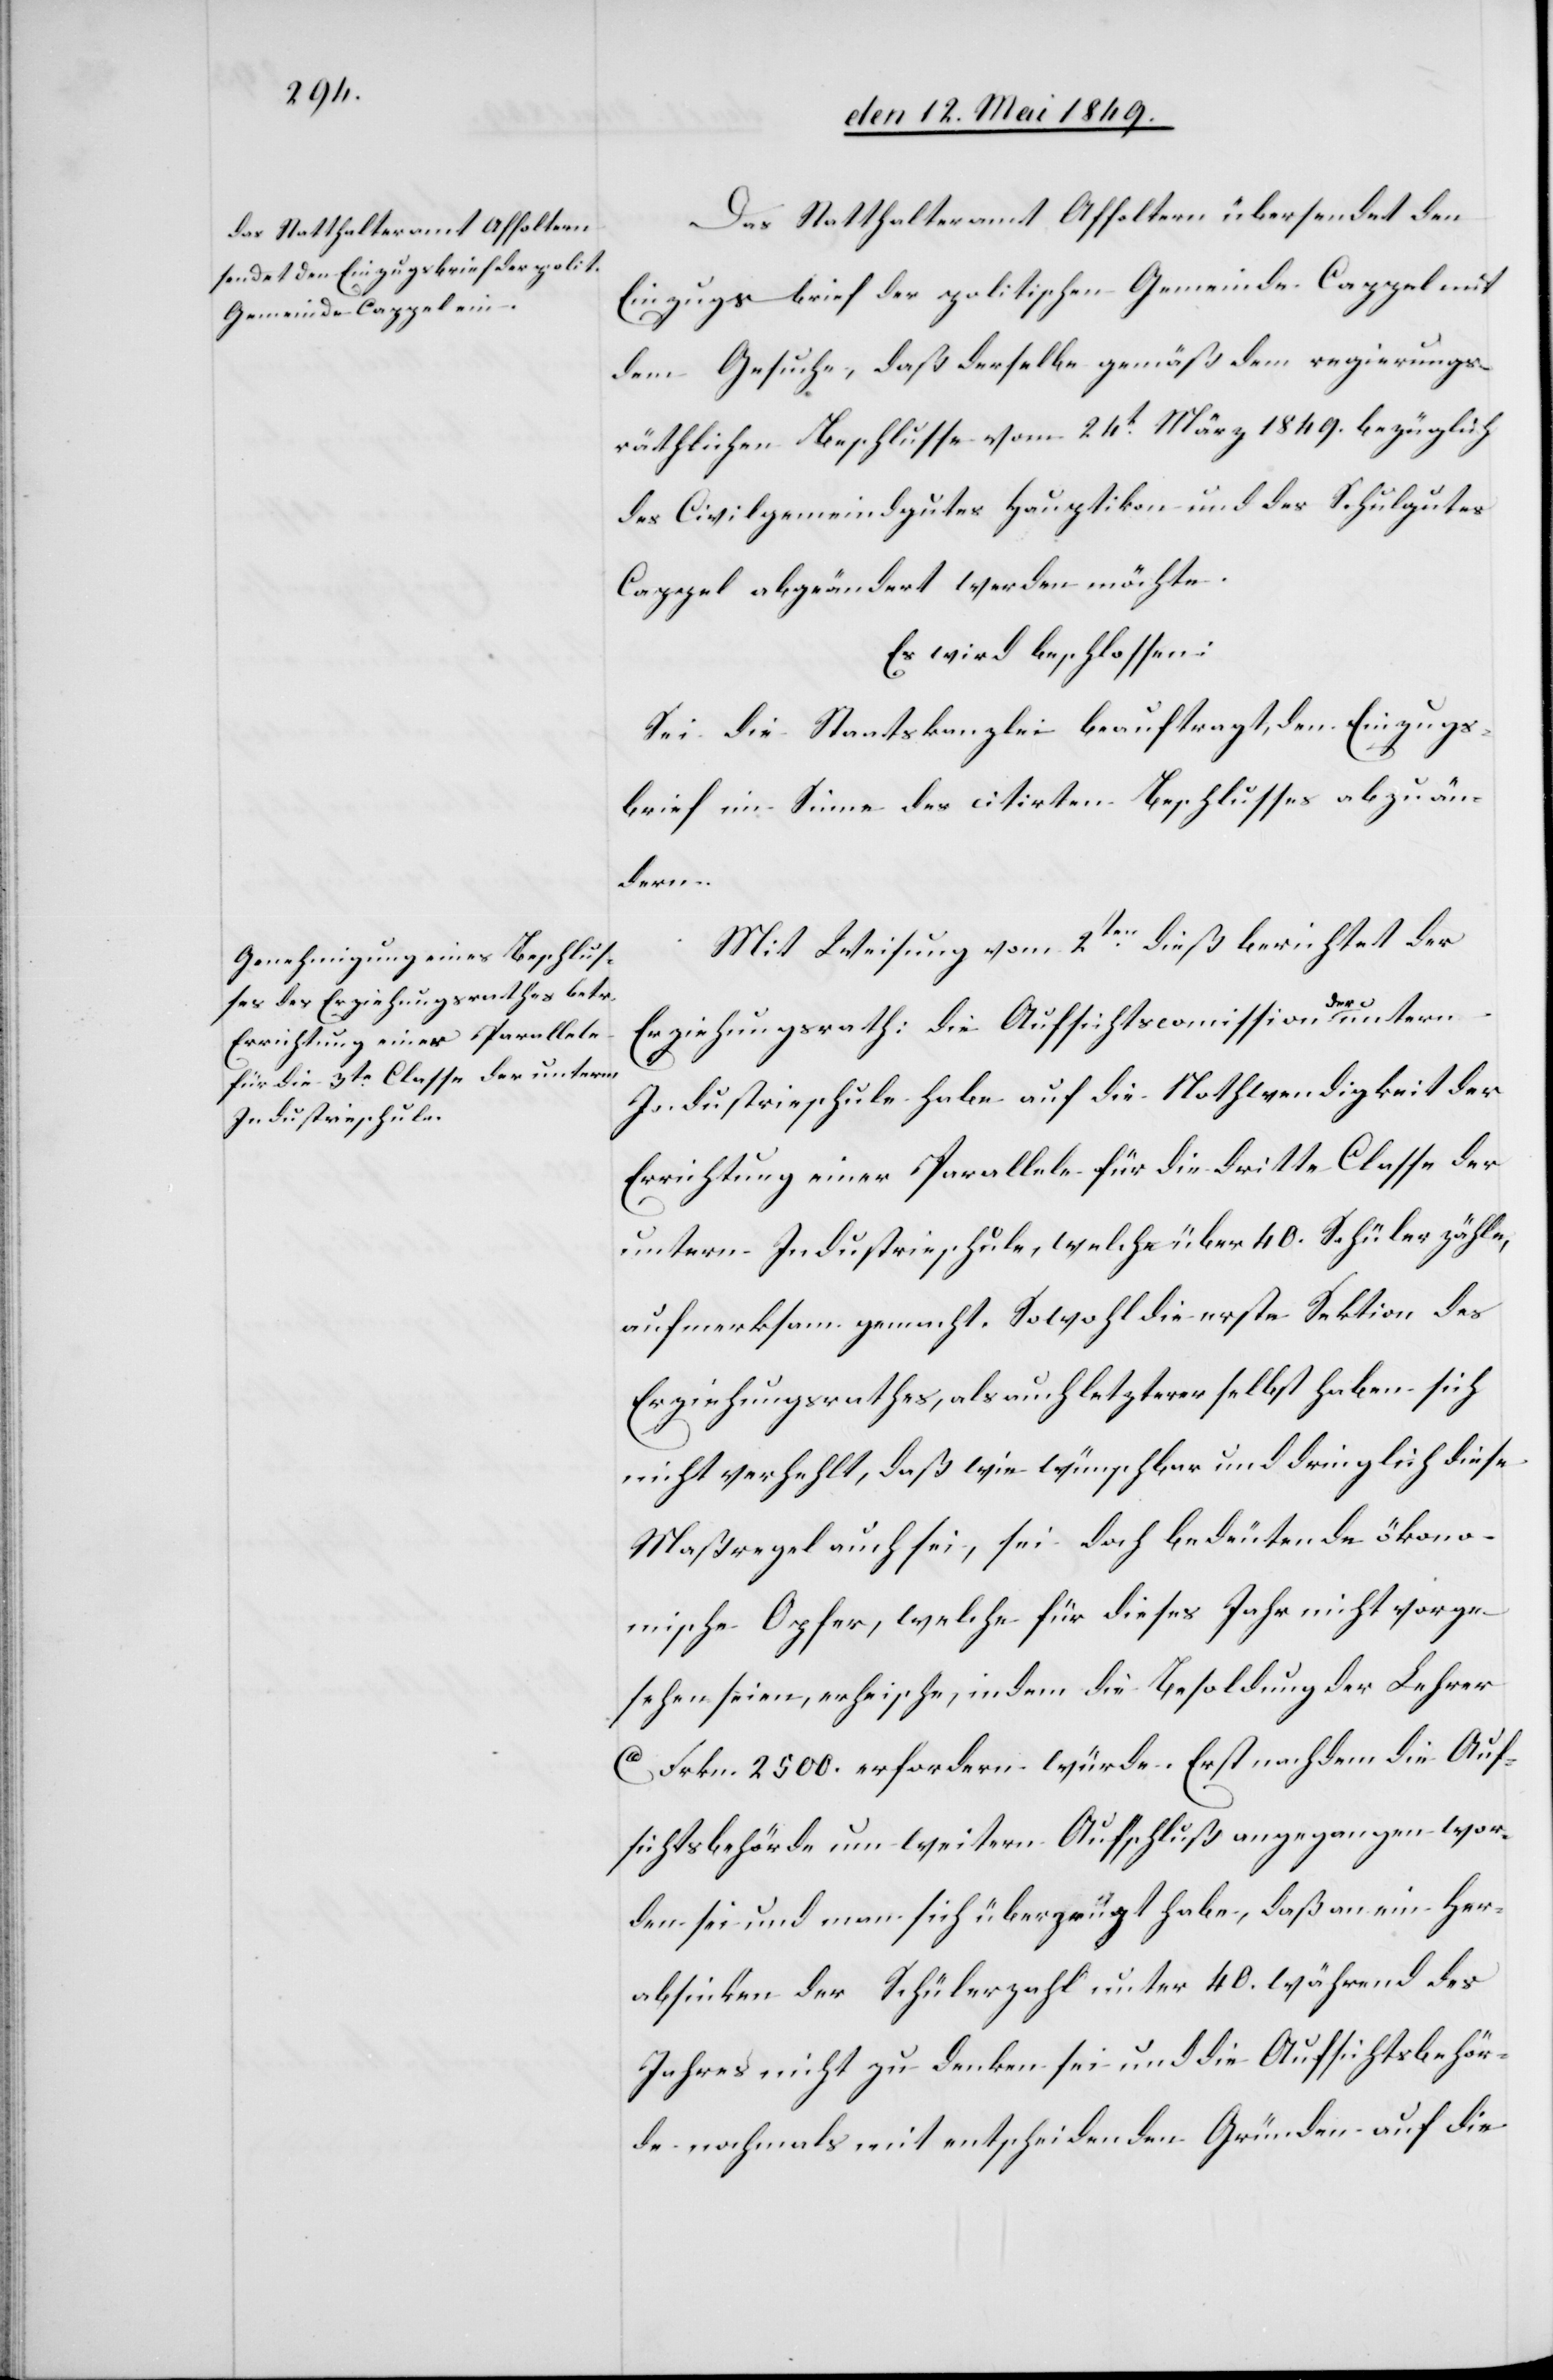
Das Statthalteramt Affoltern übersendet den
Einzugsbrief der politischen Gemeinde Cappel mit
dem Gesuche, daß derselbe gemäß dem regierungs¬
räthlichen Beschlusse vom 24t März 1849. bezüglich
des Civilgemeindgutes Hauptikon und des Schulgutes
Cappel abgeändert werden möchte.
Es wird beschlossen:
Sei die Staatskanzlei beauftragt, den Einzugs¬
brief im Sinne des citirten Beschlusses abzuän¬
dern.
Mit Weisung vom 2ten dieß berichtet der
Erziehungsrath: die Aufsichtscomission der untern
Industrieschule habe auf die Nothwendigkeit der
Errichtung einer Parallele für die dritte Classe der
untern Industrieschule, welche über 40. Schüler zähle,
aufmerksam gemacht. Sowohl erste Sektion des
Erziehungsrathes, als auch letzterer selbst haben sich
nicht verhehlt, daß wie wünschbar und dringlich diese
Maßregel auch sei, sei doch bedeutende ökono¬
mische Opfer, welche für dieses Jahr nicht vorge¬
sehen seien, erheische, indem die Besoldung der Lehrer
ca Frkn. 2500. erfordern würde. Erst nachdem die Auf¬
sichtsbehörde um weitern Aufschluß angegangen wor¬
den sei und man sich überzeugt habe, daß an ein Her¬
absinken der Schülerzahl unter 40. während des
Jahres nicht zu denken sei und die Aufsichtsbehör¬
de nochmals mit entscheidenden Gründen auf die